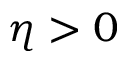
\eta > 0